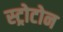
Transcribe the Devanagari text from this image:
स्ट्रोटोन